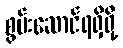
စွမ်းဆောင်ရရှိဖို့